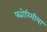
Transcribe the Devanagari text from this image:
फ्योरिमीया